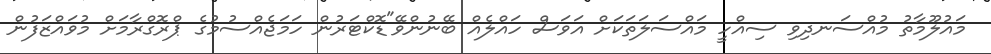
މައުލޫމާތު މުއްސަނދިވި ސިއްހީ މައްސަލަަތަކަށް އަވަސް ހައްލެއް ބޭނުންވޭ"ޑޮކްޓަރުން ހަމަޖެއްސުމުގެ ޕްރޮގްރާމަށް މުވައްޒަފުން